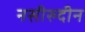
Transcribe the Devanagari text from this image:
नसीरुदीन